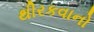
થીરકવાનો